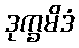
ဒုက္ခမိဒံ